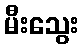
မီးသွေး